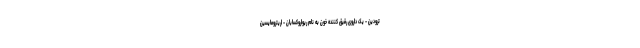
ترودین - یک داروی رقیق کننده خون به نام ریواروکسابان - اریترومایسین